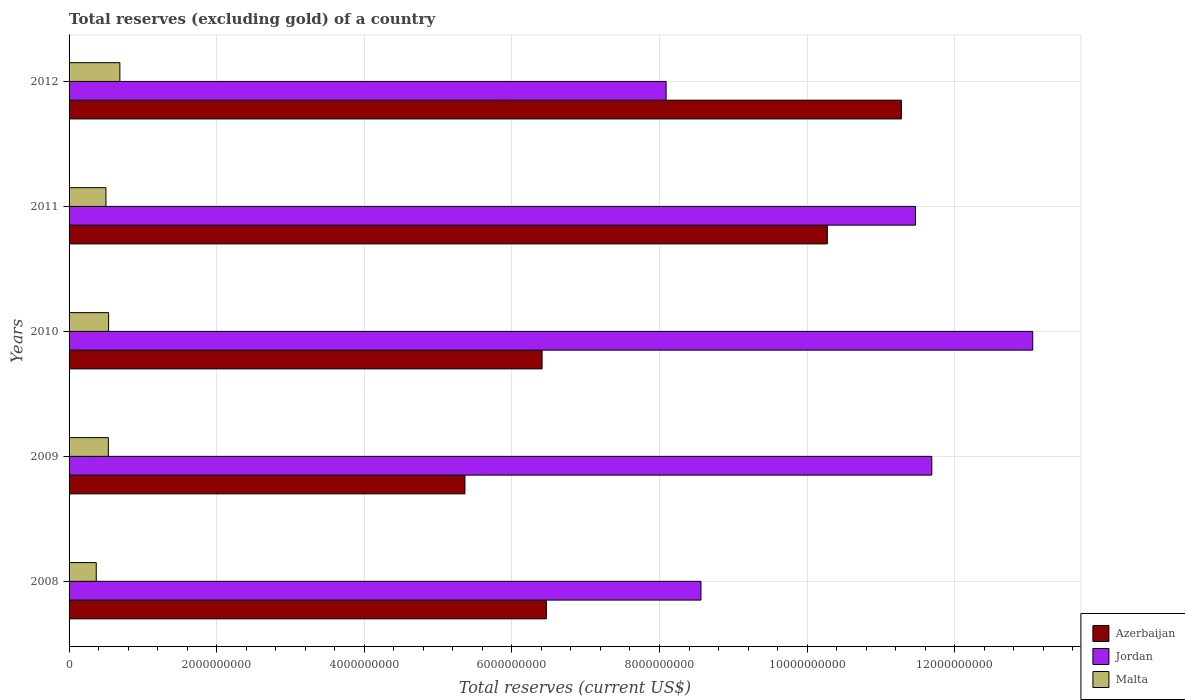
| Years | Azerbaijan | Jordan | Malta |
 | --- | --- | --- | --- |
 | 2008 | 6.47e+09 | 8.56e+09 | 3.68e+08 |
 | 2009 | 5.36e+09 | 1.17e+10 | 5.32e+08 |
 | 2010 | 6.41e+09 | 1.31e+10 | 5.36e+08 |
 | 2011 | 1.03e+10 | 1.15e+10 | 5e+08 |
 | 2012 | 1.13e+10 | 8.09e+09 | 6.88e+08 |